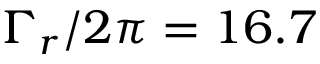
\Gamma _ { r } / 2 \pi = 1 6 . 7